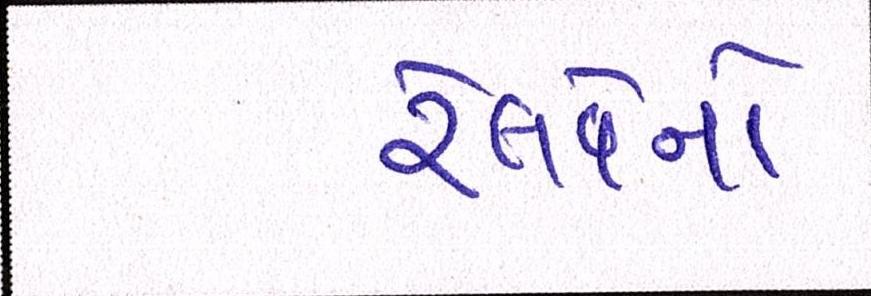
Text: રેલવેનો